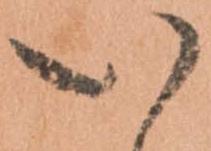
い